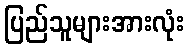
ပြည်သူများအားလုံး